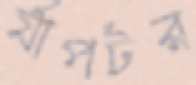
র‍্যাপটর